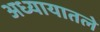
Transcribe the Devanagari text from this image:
अध्‍यायातले